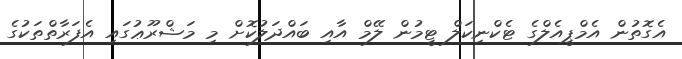
އެގޮތުން އެމްޕީއެލްގެ ޓެކްނިކަލް ޓީމުން ލޭމް އާއި ބައްދަލުކޮށް މި މަޝްރޫޢުގައި އެފަރާތްތަކުގެ